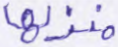
منزلها